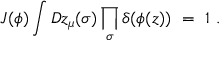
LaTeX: J ( \phi ) \int D z _ { \mu } ( \sigma ) \prod _ { \sigma } \delta ( \phi ( z ) ) \ = \ 1 \ .